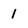
Character: 1